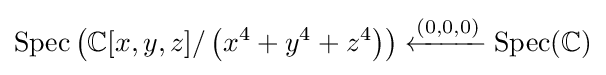
{\text{Spec}}\left(\mathbb {C} [x,y,z]/\left(x^{4}+y^{4}+z^{4}\right)\right)\xleftarrow {(0,0,0)} {\text{Spec}}(\mathbb {C} )